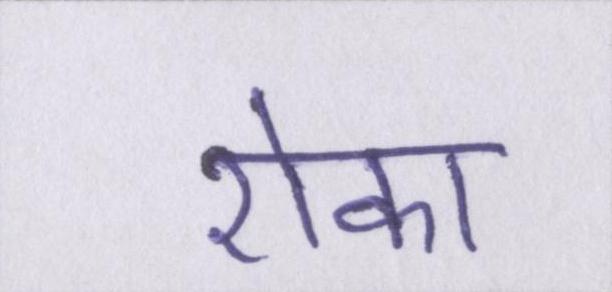
रोका